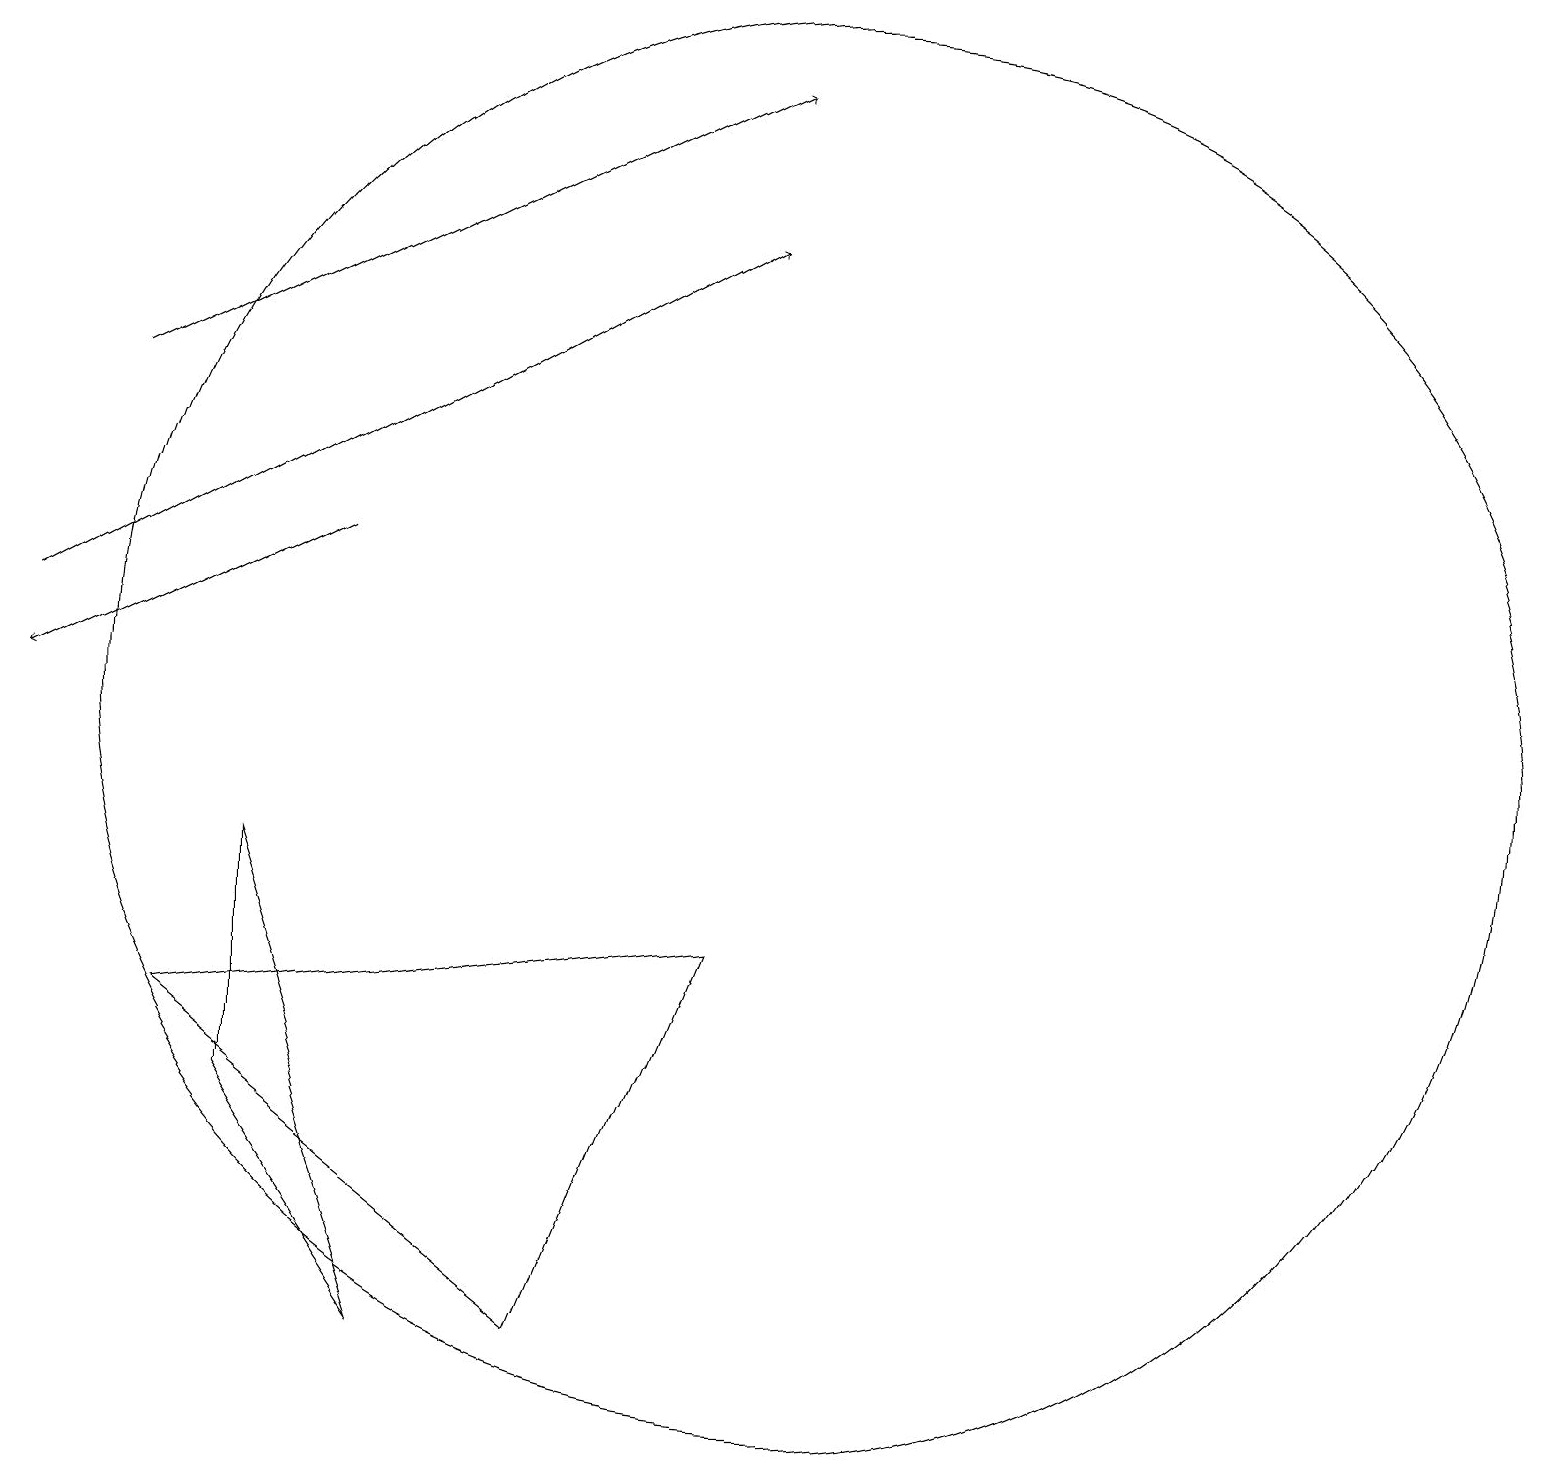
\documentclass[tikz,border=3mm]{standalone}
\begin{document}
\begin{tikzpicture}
\draw (5,2) -- (3,5) -- (3,8) -- cycle;
\draw[->] (0,11) -- (9,16);
\draw (9,7) -- (7,2) -- (2,6) -- cycle;
\draw[->] (4,12) -- (0,10);
\draw (10,10) circle (9);
\draw[->] (1,14) -- (9,18);
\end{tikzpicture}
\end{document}